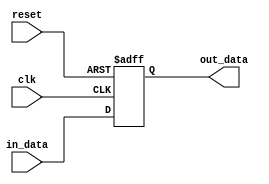
//Realize An D Flip-flop wWth  Asynchronous Reset low Level
module D_FF(clk,in_data,out_data,reset);
	input in_data;
	input clk;
	input reset;
	output out_data;
	reg out_data;
	always @(posedge clk or negedge reset) begin
		if(!reset)
			out_data<=1'b0;
		else
			out_data<=in_data;
	end
endmodule